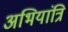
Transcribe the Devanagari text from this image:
अभियांत्रि